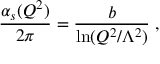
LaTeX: { \frac { \alpha _ { s } ( Q ^ { 2 } ) } { 2 \pi } } = { \frac { b } { \ln ( Q ^ { 2 } / \Lambda ^ { 2 } ) } } \; ,